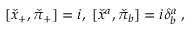
[ \check { x } _ { + } , \check { \pi } _ { + } ] = i , \; [ \check { x } ^ { a } , \check { \pi } _ { b } ] = i \delta _ { b } ^ { a } \; ,